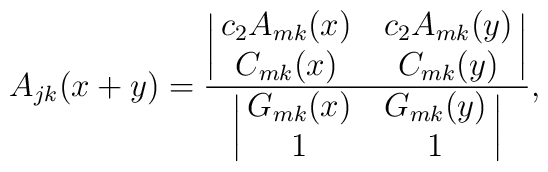
A_{jk}(x+y)={ { \biggl|\matrix{  c_2 A_{mk}(x)&c_2 A_{mk}(y)\cr C_{mk}(x)&C_{mk}(y)\cr }\biggr|}\over { \biggl|\matrix{ G_{mk}(x)&G_{mk}(y)\cr 1&1\cr}\biggr|} },